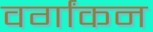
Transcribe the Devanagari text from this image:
वर्गांकन